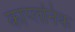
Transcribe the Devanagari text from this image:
काप्लनिक